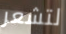
لتشعر